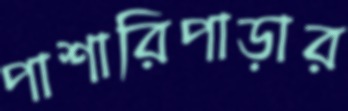
পাশারিপাড়ার